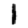
Digit: 1